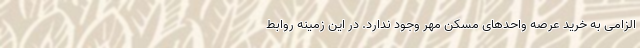
الزامی به خرید عرصه واحدهای مسکن مهر وجود ندارد. در این زمینه روابط